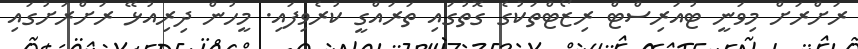
ރަށްރަށް މިވަނީ ޓުއަރިސްޓް ރިޒޯޓްތަކުގެ ގޮތުގައި ތަރައްގީ ކުރެވިފައި. މީހުން ދިރިއުޅޭ ރަށްރަށުގައި